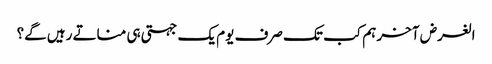
الغرض آخر ہم کب تک صرف یوم یک جہتی ہی مناتے رہیں گے؟